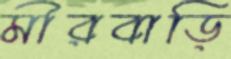
মীরবাড়ি